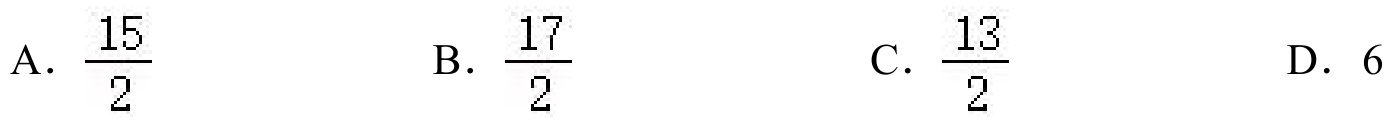
A．\(\frac{15}{2}\)  B．\(\frac{17}{2}\)  C．\(\frac{13}{2}\)  D．\(6\)